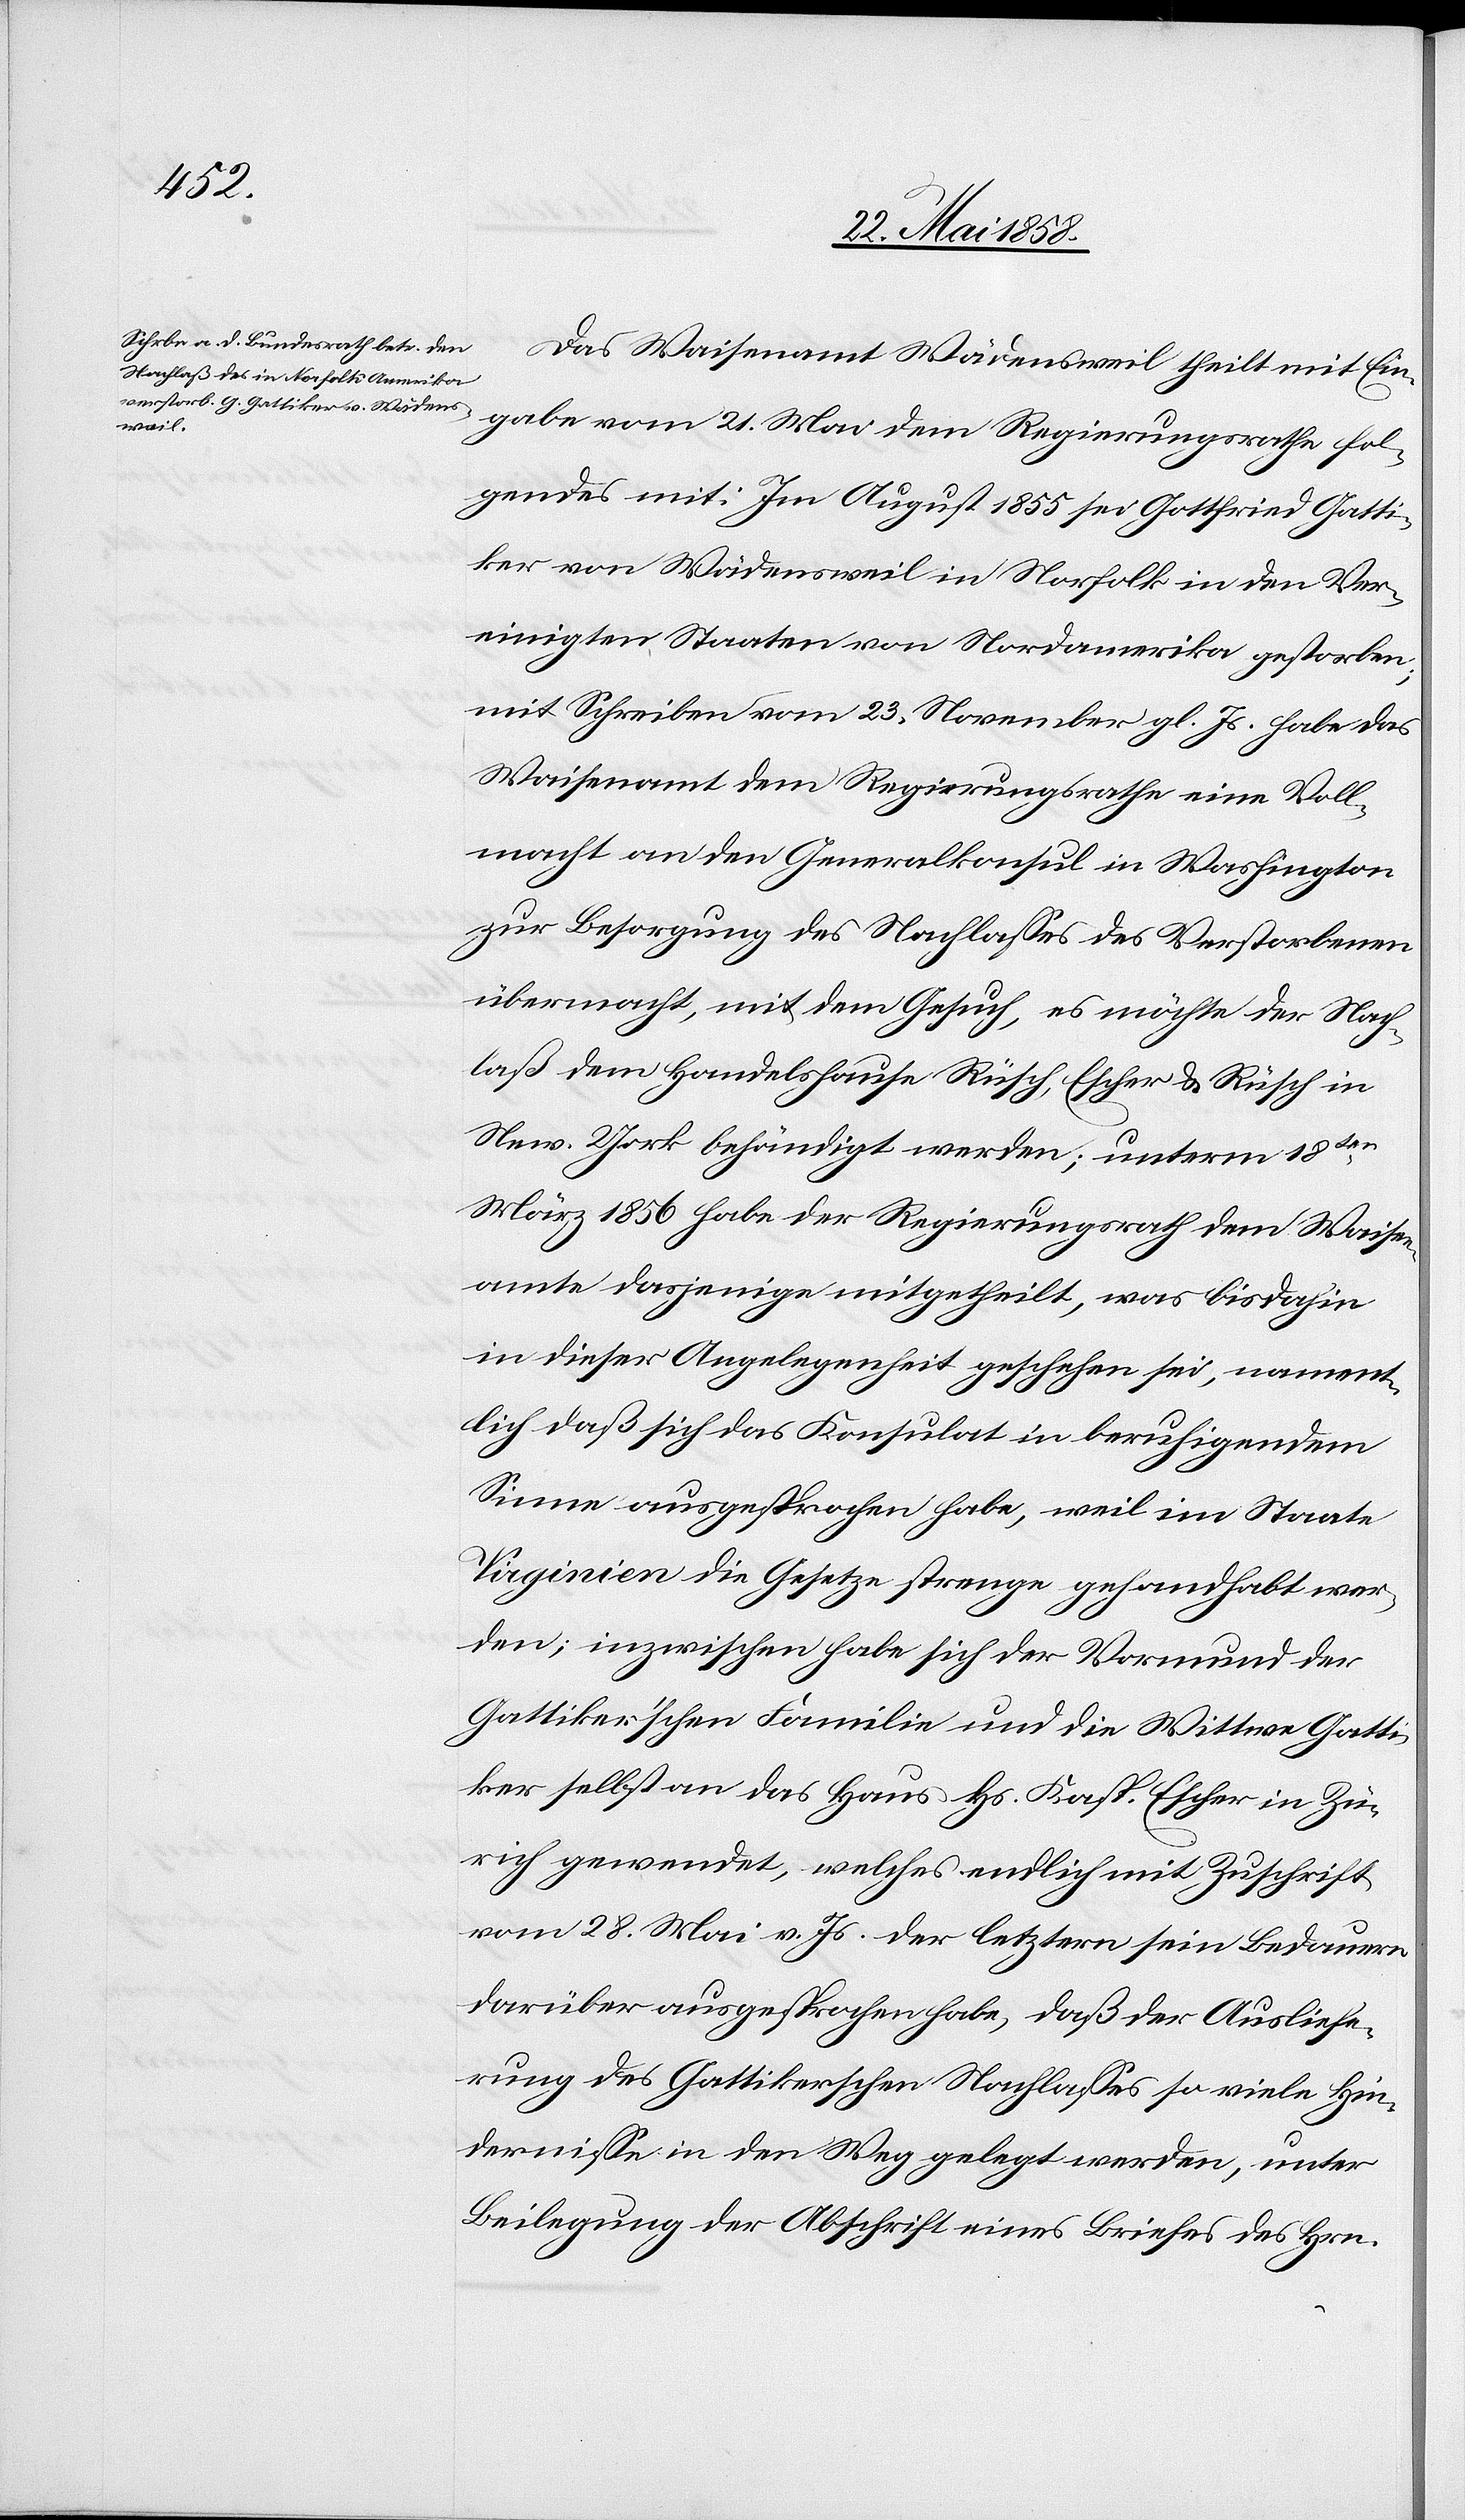
25. Mai 1858.]
Das Waisenamt Wädensweil theilt mit Ein¬
gabe vom 21. Mai dem Regierungsrathe fol¬
gendes mit: Im August 1855 sei Gottfried Gatti¬
ker von Wädensweil in Norfolk in den Ver¬
einigten Staaten von Nordamerika gestorben;
mit Schreiben vom 23. November gl. Js. habe das
Waisenamt dem Regierungsrathe eine Voll¬
macht an den Generalkonsul in Washington
zur Besorgung des Nachlasses des Verstorbenen
übermacht, mit dem Gesuch, es möchte der Nach¬
laß dem Handelshause Rüsch, Escher & Rüsch in
New-York behändigt werden; unterm 18ten
März 1856 habe der Regierungsrath dem Waisen¬
amte dasjenige mitgetheilt, was bis dahin
in dieser Angelegenheit geschehen sei, nament¬
lich daß sich das Konsulat in beruhigendem
Sinne ausgesprochen habe, weil im Staate
Virginien die Gesetze strenge gehandhabt wer¬
den; inzwischen habe sich der Vormund der
Gattiker’schen Familie und die Wittwe Gatti¬
ker selbst an das Haus Hs. Kasp. Escher in Zü¬
rich gewendet, welches endlich mit Zuschrift
vom 28. Mai v. Js. der letztern sein Bedauern
darüber ausgesprochen habe, daß der Ausliefe¬
rung des Gattikerschen Nachlasses so viele Hin¬
dernisse in den Weg gelegt werden, unter
Beilegung der Abschrift eines Briefes des Hrn.